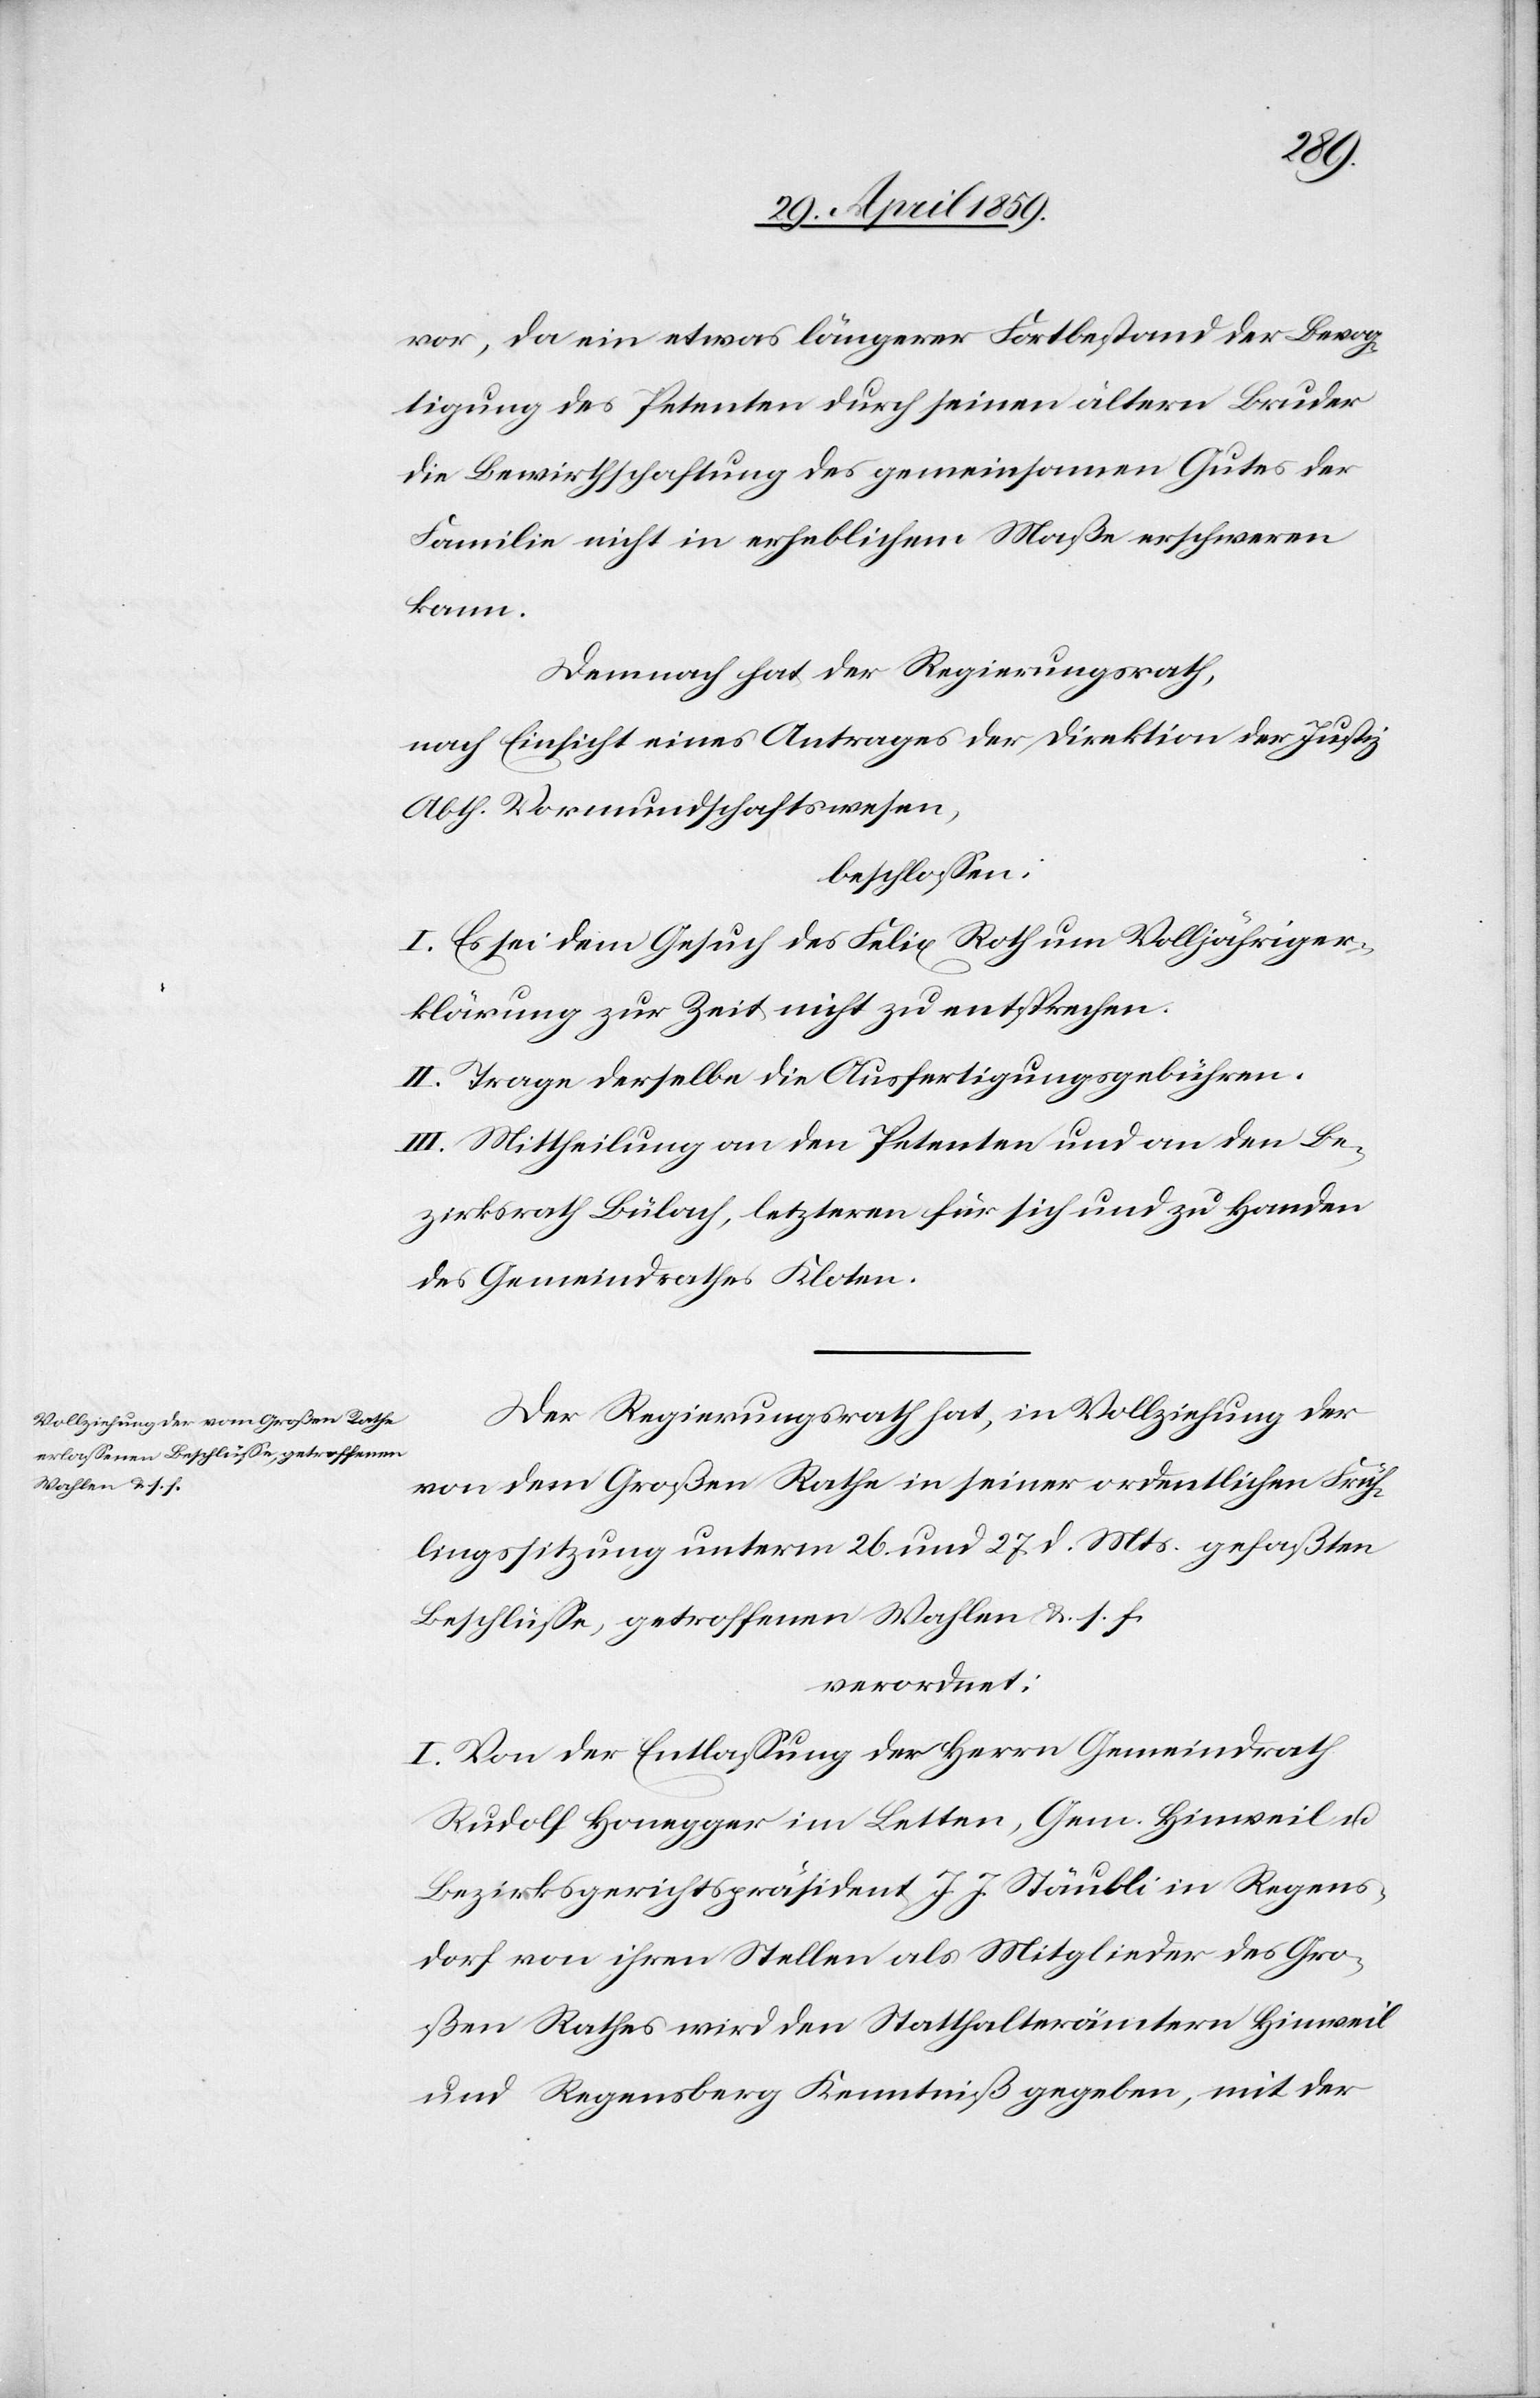
vor, da ein etwas längerer Fortbestand der Bevog¬
tigung des Petenten durch seinen ältern Bruder
die Bewirthschaftung des gemeinsamen Gutes der
Familie nicht in erheblichem Maße erschweren
kann.
Demnach hat der Regierungsrath,
nach Einsicht eines Antrages der Direktion der Justiz
Abth. Vormundschaftswesen,
beschloßen:
I. Es sei dem Gesuch des Felix Roth um Volljähriger¬
klärung zur Zeit nicht zu entsprechen.
II. Trage derselbe die Ausfertigungsgebühren.
III. Mittheilung an den Petenten und an den Be¬
zirksrath Bülach, letzteren für sich und zu Handen
des Gemeindrathes Kloten.
Der Regierungsrath hat, in Vollziehung der
von dem Großen Rathe in seiner ordentlichen Früh¬
lingssitzung unterm 26. und 27. d. Mts. gefaßten
Beschlüße, getroffenen Wahlen &. s. f.
verordnet:
I. Von der Entlaßung der Herrn Gemeindrath
Rudolf Honegger im Letten, Gem. Hinweil u.
Bezirksgerichtspräsident J. J. Stäubli in Regens¬
dorf von ihren Stellen als Mitglieder des Gro¬
ßen Rathes wird den Statthalterämtern Hinweil
und Regensberg Kenntniß gegeben, mit der